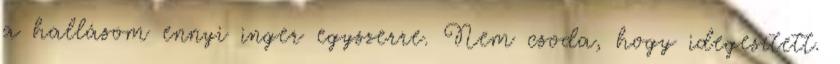
a hallásom ennyi inger egyszerre. Nem csoda, hogy idegesített.